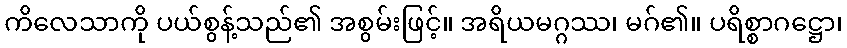
ကိလေသာကို ပယ်စွန့်သည်၏ အစွမ်းဖြင့်။ အရိယမဂ္ဂဿ၊ မဂ်၏။ ပရိစ္စာဂဋ္ဌော၊